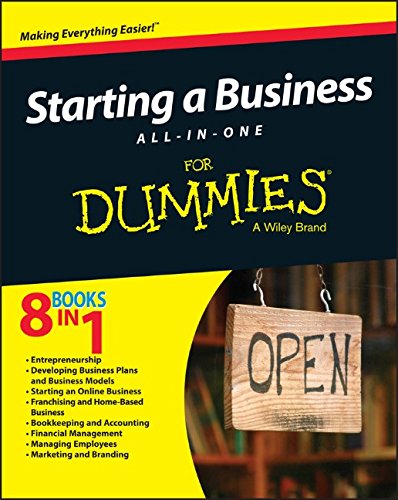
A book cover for Starting a Business All-In-One For Dummies; Consumer Dummies; Business & Money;